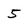
Character: 5